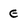
Character: e